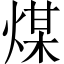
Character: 煤